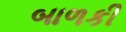
બાળકી